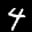
Label: 4